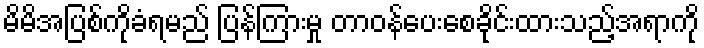
မိမိအပြစ်ကိုခံရမည် ပြန်ကြားမှု တာဝန်ပေးစေခိုင်းထားသည့်အရာကို